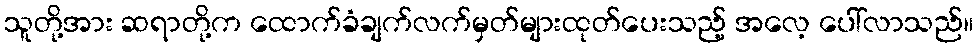
သူတို့အား ဆရာတို့က ထောက်ခံချက်လက်မှတ်များထုတ်ပေးသည့် အလေ့ ပေါ်လာသည်။